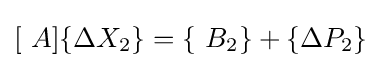
[\ A]\{\Delta X_{2}\}=\{\ B_{2}\}+\{\Delta P_{2}\}